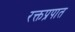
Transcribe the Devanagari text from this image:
रक्तप्रपात